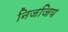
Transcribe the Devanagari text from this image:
निजजिय